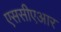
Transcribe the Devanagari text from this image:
एससीएआर